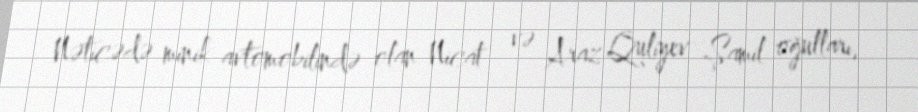
Nəticədə minik avtomobilində olan Nicat və Araz Quliyev Şamil oğulları,